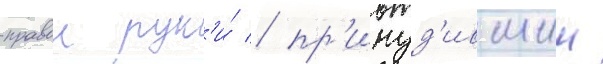
правои рук'и́ / пр'инуд'ившии